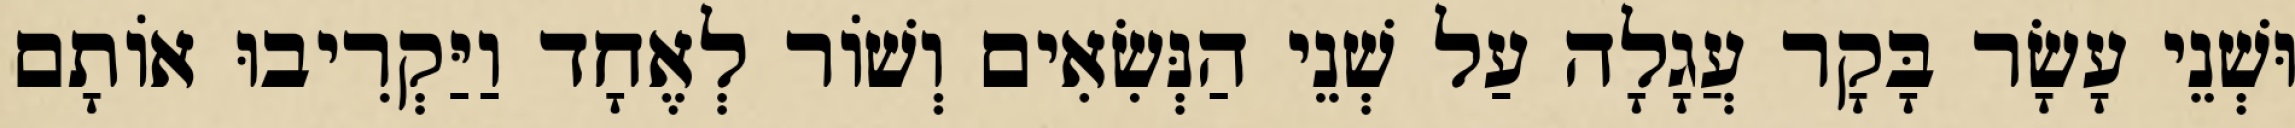
וּשְׁנֵי עָשָׂר בָּקָר עֲגָלָה עַל שְׁנֵי הַנְּשִׂאִים וְשׁוֹר לְאֶחָד וַיַּקְרִיבוּ אוֹתָם